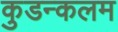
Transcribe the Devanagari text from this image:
कुडन्कलम